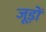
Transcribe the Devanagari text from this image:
जूड़ों